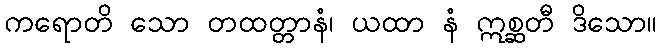
ကရောတိ သော တထတ္တာနံ၊ ယထာ နံ ဣစ္ဆတီ ဒိသော။